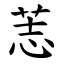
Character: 䓌